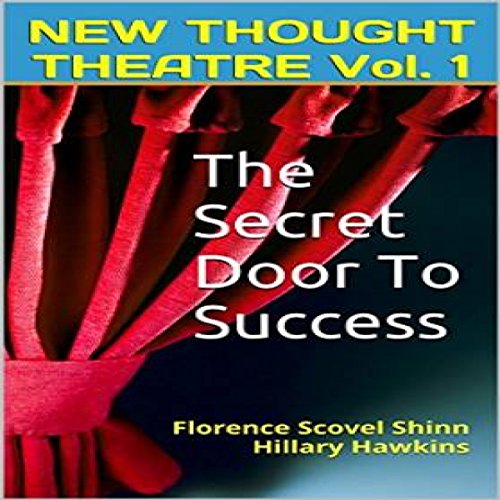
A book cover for The Secret Door to Success: New Thought Theatre, Book 1; Florence Scovel Shinn; Humor & Entertainment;